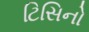
ટિસિનો